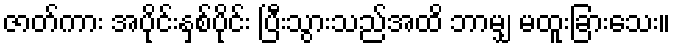
ဇာတ်ကား အပိုင်းနှစ်ပိုင်း ပြီးသွားသည်အထိ ဘာမျှ မထူးခြားသေး။